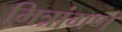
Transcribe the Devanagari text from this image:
मित्रांगण